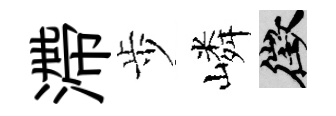
滯歩嶙徵